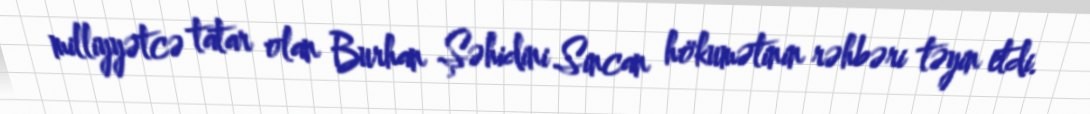
milliyyətcə tatar olan Burhan Şəhidini Sincan hökumətinin rəhbəri təyin etdi.